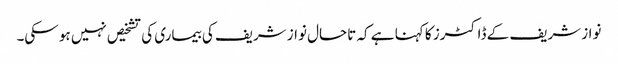
نواز شریف کے ڈاکٹرز کا کہنا ہے کہ تاحال نواز شریف کی بیماری کی تشخیص نہیں ہو سکی۔